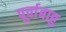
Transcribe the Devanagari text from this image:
पूर्वाबाहु